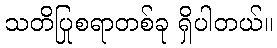
သတိပြုစရာတစ်ခု ရှိပါတယ်။